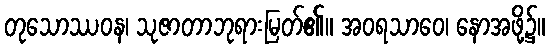
တုသောဿဝန၊ သုဇာတာဘုရားမြတ်၏။ အဝရသာဝေ၊ နောအဖို့၌။